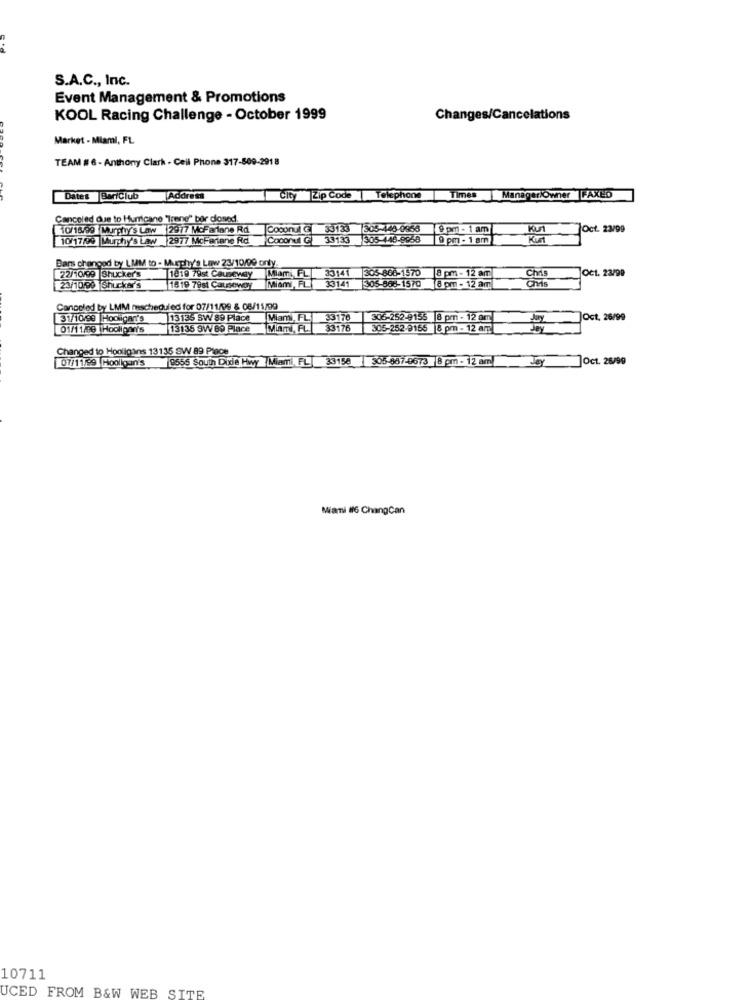
e+d
S.A.C ., Inc.
Event Management & Promotions
KOOL Racing Challenge - October 1999
Changes/Cancelations
Market - Miami, FL
TEAM # 6 - Anthony Clark - Cell Phone 317-509-291 8
Dates BartClub
Address
City Zip Code |Telephone
Imes
ManageriOwner |FAXED
Canceled due to Hurricane "Trene" bor closed.
110/18/99 Murphy'S Law 2977 McFarlane Rd
Coconut
3313
305-448-0963
9 pm - 1 am
7Oct. 23/99
10/17/99 Murphy's Law 2977 McFarlane Rd Coconut G
53133
305-146-8958
9 pm - 1 am
Dans changed by LMM to - Mugchy's Low 23/10/09 onty.
Miami FL 33141
305-866-1570
Chi
Oct. 23/99
22/10/99 Shucker's
1019 79st Causeway
Miami,FL
33141
8 pm - 12 am
Chris
23/10/99 Shucker's
1819 79st Causeway
305-868-1570
8 pm - 12 am
Canceled by LMM mscheduled for 07/11/99 & 08/11/99
31/1099 Hooligan's
13135 SW 89 Place
Miami, FL.
33176
306-252-9155 8 pm - 12 am
JOct. 26/99
01/11/99 |Hooligan's
13135 9W 69 Place
Miami, FL.
33176
305-252-9155 8 pm - 12 am
Changed to Hooligans 13135 SW 89 Place
9555 South Dide Hwy Miami, FL] 33158 505-887-9673 8 pm - 12 am
Joy
]Oct. 26/99
07/11/29 Hooligan's
Miamni #6 ChangCan
10711
UCED FROM B&W WEB SITE